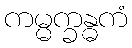
ကမ္မက္ခန္ဓကံ